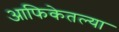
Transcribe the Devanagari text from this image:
आफिकेतल्या